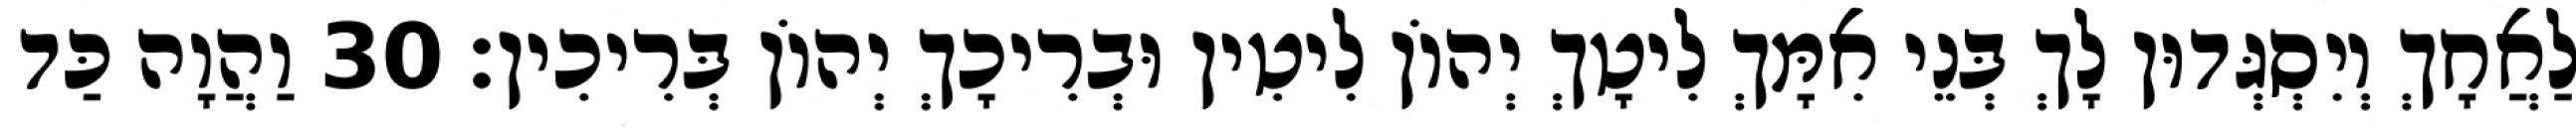
לַאֲחָךְ וְיִסְגְּדוּן לָךְ בְּנֵי אִמָּךְ לִיטָךְ יְהוֹן לִיטִין וּבְרִיכָךְ יְהוֹן בְּרִיכִין׃ 30 וַהֲוָה כַּד